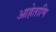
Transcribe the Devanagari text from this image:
आहेताणि